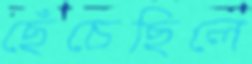
ছেঁচেছিলে